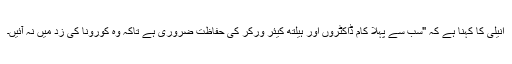
انیلی کا کہنا ہے کہ "سب سے پہلا کام ڈاکٹروں اور ہیلتھ کیئر ورکر کی حفاظت ضروری ہے تاکہ وہ کورونا کی زد میں نہ آئیں۔